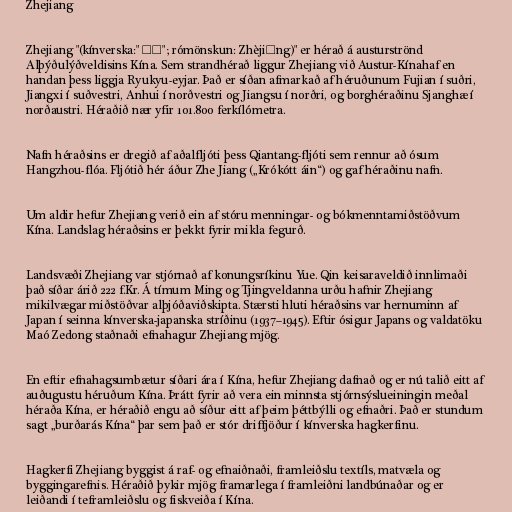
Zhejiang

Zhejiang "(kínverska:" 浙江"; rómönskun: Zhèjiāng)" er hérað á austurströnd
Alþýðulýðveldisins Kína. Sem strandhérað liggur Zhejiang við Austur-Kínahaf en
handan þess liggja Ryukyu-eyjar. Það er síðan afmarkað af héruðunum Fujian í suðri,
Jiangxi í suðvestri, Anhui í norðvestri og Jiangsu í norðri, og borghéraðinu Sjanghæ í
norðaustri. Héraðið nær yfir 101.800 ferkílómetra.

Nafn héraðsins er dregið af aðalfljóti þess Qiantang-fljóti sem rennur að ósum
Hangzhou-flóa. Fljótið hér áður Zhe Jiang („Krókótt áin“) og gaf héraðinu nafn.

Um aldir hefur Zhejiang verið ein af stóru menningar- og bókmenntamiðstöðvum
Kína. Landslag héraðsins er þekkt fyrir mikla fegurð.

Landsvæði Zhejiang var stjórnað af konungsríkinu Yue. Qin keisaraveldið innlimaði
það síðar árið 222 f.Kr. Á tímum Ming og Tjingveldanna urðu hafnir Zhejiang
mikilvægar miðstöðvar alþjóðaviðskipta. Stærsti hluti héraðsins var hernuminn af
Japan í seinna kínverska-japanska stríðinu (1937–1945). Eftir ósigur Japans og valdatöku
Maó Zedong staðnaði efnahagur Zhejiang mjög.

En eftir efnahagsumbætur síðari ára í Kína, hefur Zhejiang dafnað og er nú talið eitt af
auðugustu héruðum Kína. Þrátt fyrir að vera ein minnsta stjórnsýslueiningin meðal
héraða Kína, er héraðið engu að síður eitt af þeim þéttbýlli og efnaðri. Það er stundum
sagt „burðarás Kína“ þar sem það er stór driffjöður í kínverska hagkerfinu.

Hagkerfi Zhejiang byggist á raf- og efnaiðnaði, framleiðslu textíls, matvæla og
byggingarefnis. Héraðið þykir mjög framarlega í framleiðni landbúnaðar og er
leiðandi í teframleiðslu og fiskveiða í Kína.